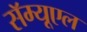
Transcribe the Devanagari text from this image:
सॅम्यूएल